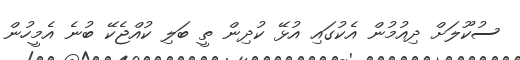
ސުކޫލަށް ދިއުމުން އެކުގައި އުޅޭ ކުދިން ތީ ބަލި ކުއްޖެކޭ ބުނެ އެމީހުން